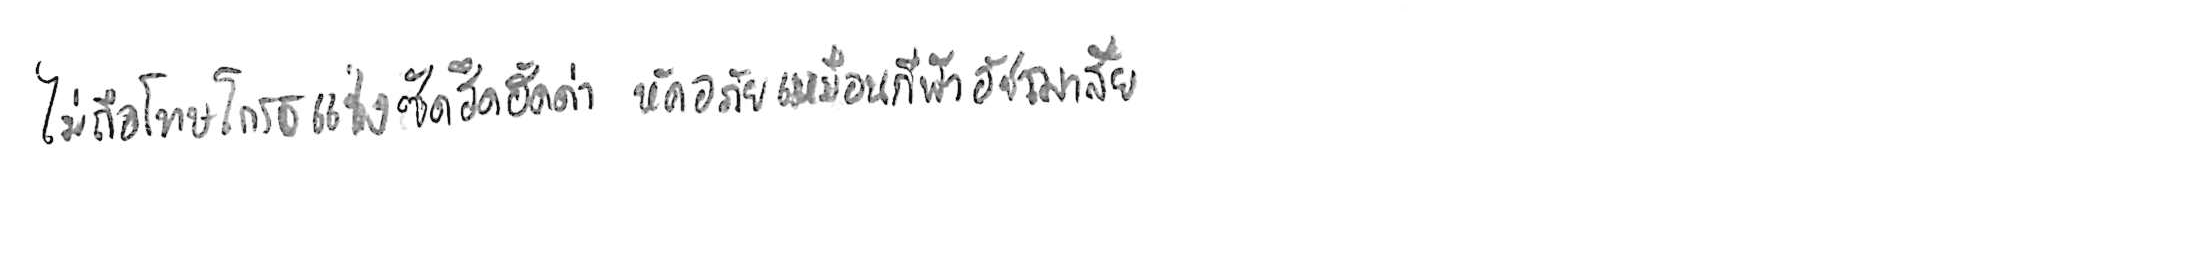
ไม่ถือโทษโกรธแช่งซัดฮึดฮัดด่า หัดอภัยเหมือนกีฬาอัชฌาสัย